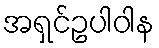
အရှင်ဥပါဝါန